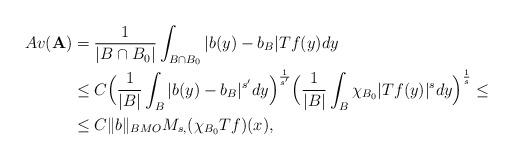
LaTeX: \begin{align*}Av(\mathbf{A}) & = {1\over{|B\cap B_0|}} \int _{B\cap B_0} |b(y)-b_{B}|Tf(y)dy\\ & \leq C\Big( {1\over{|B|}} \int _{B} |b(y)-b_{B}|^{s'}dy \Big)^{1\over s'} \Big( {1\over{|B|}} \int _{B} \chi_ {B_0}|Tf(y)|^{s} dy \Big)^{1\over s} \leq \\& \leq C\|b\|_{BMO} M_{s,}(\chi_ {B_0} Tf)(x),\end{align*}